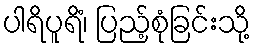
ပါရိပူရိံ၊ ပြည့်စုံခြင်းသို့